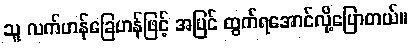
သူ လက်ဟန်ခြေဟန်ဖြင့် အပြင် ထွက်ရအောင်လို့ပြောတယ်။